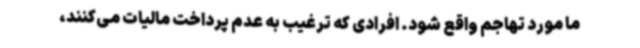
ما مورد تهاجم واقع شود. افرادی که ترغیب به عدم پرداخت مالیات می‌کنند،